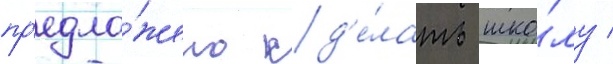
пр'едло́жено сд'е́лать шко́лу /